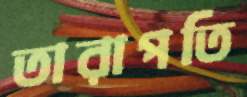
তারাপতি